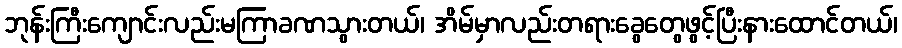
ဘုန်းကြီးကျောင်းလည်းမကြာခဏသွားတယ်၊ အိမ်မှာလည်းတရားခွေတွေဖွင့်ပြီးနားထောင်တယ်၊